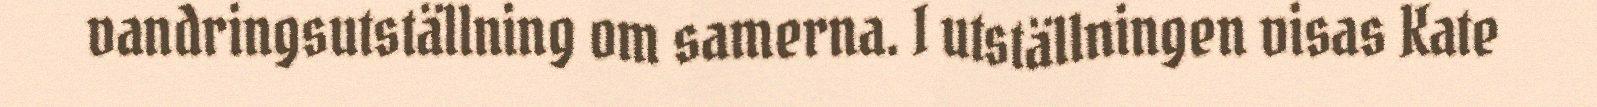
vandringsutställning om samerna. I utställningen visas Kate